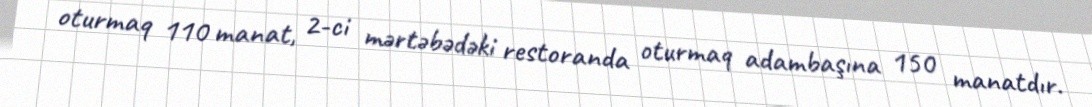
oturmaq 110 manat, 2-ci mərtəbədəki restoranda oturmaq adambaşına 150 manatdır.